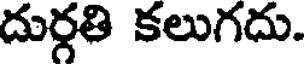
దుర్గతి కలుగదు.